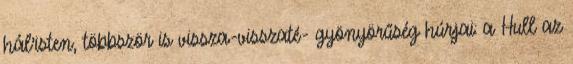
hál'isten, többször is vissza-visszaté- gyönyörűség húrjai: a Hull az